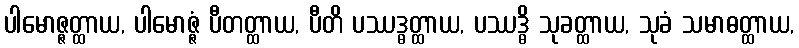
ပါမောဇ္ဇတ္ထာယ, ပါမောဇ္ဇံ ပီတတ္ထာယ, ပီတိ ပဿဒ္ဓတ္ထာယ, ပဿဒ္ဓိ သုခတ္ထာယ, သုခံ သမာဓတ္ထာယ,